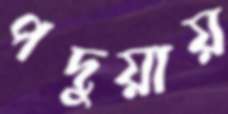
পদুয়ায়